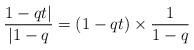
LaTeX: \begin{align*}\frac{1-qt|}{|1-q}= (1-qt)\times\frac1{1-q}\end{align*}